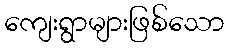
ကျေးရွာများဖြစ်သော